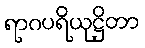
ရာဂပရိယုဋ္ဌိတာ